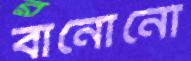
বানোনো